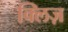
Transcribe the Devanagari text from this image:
क्लिज़